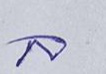
ล